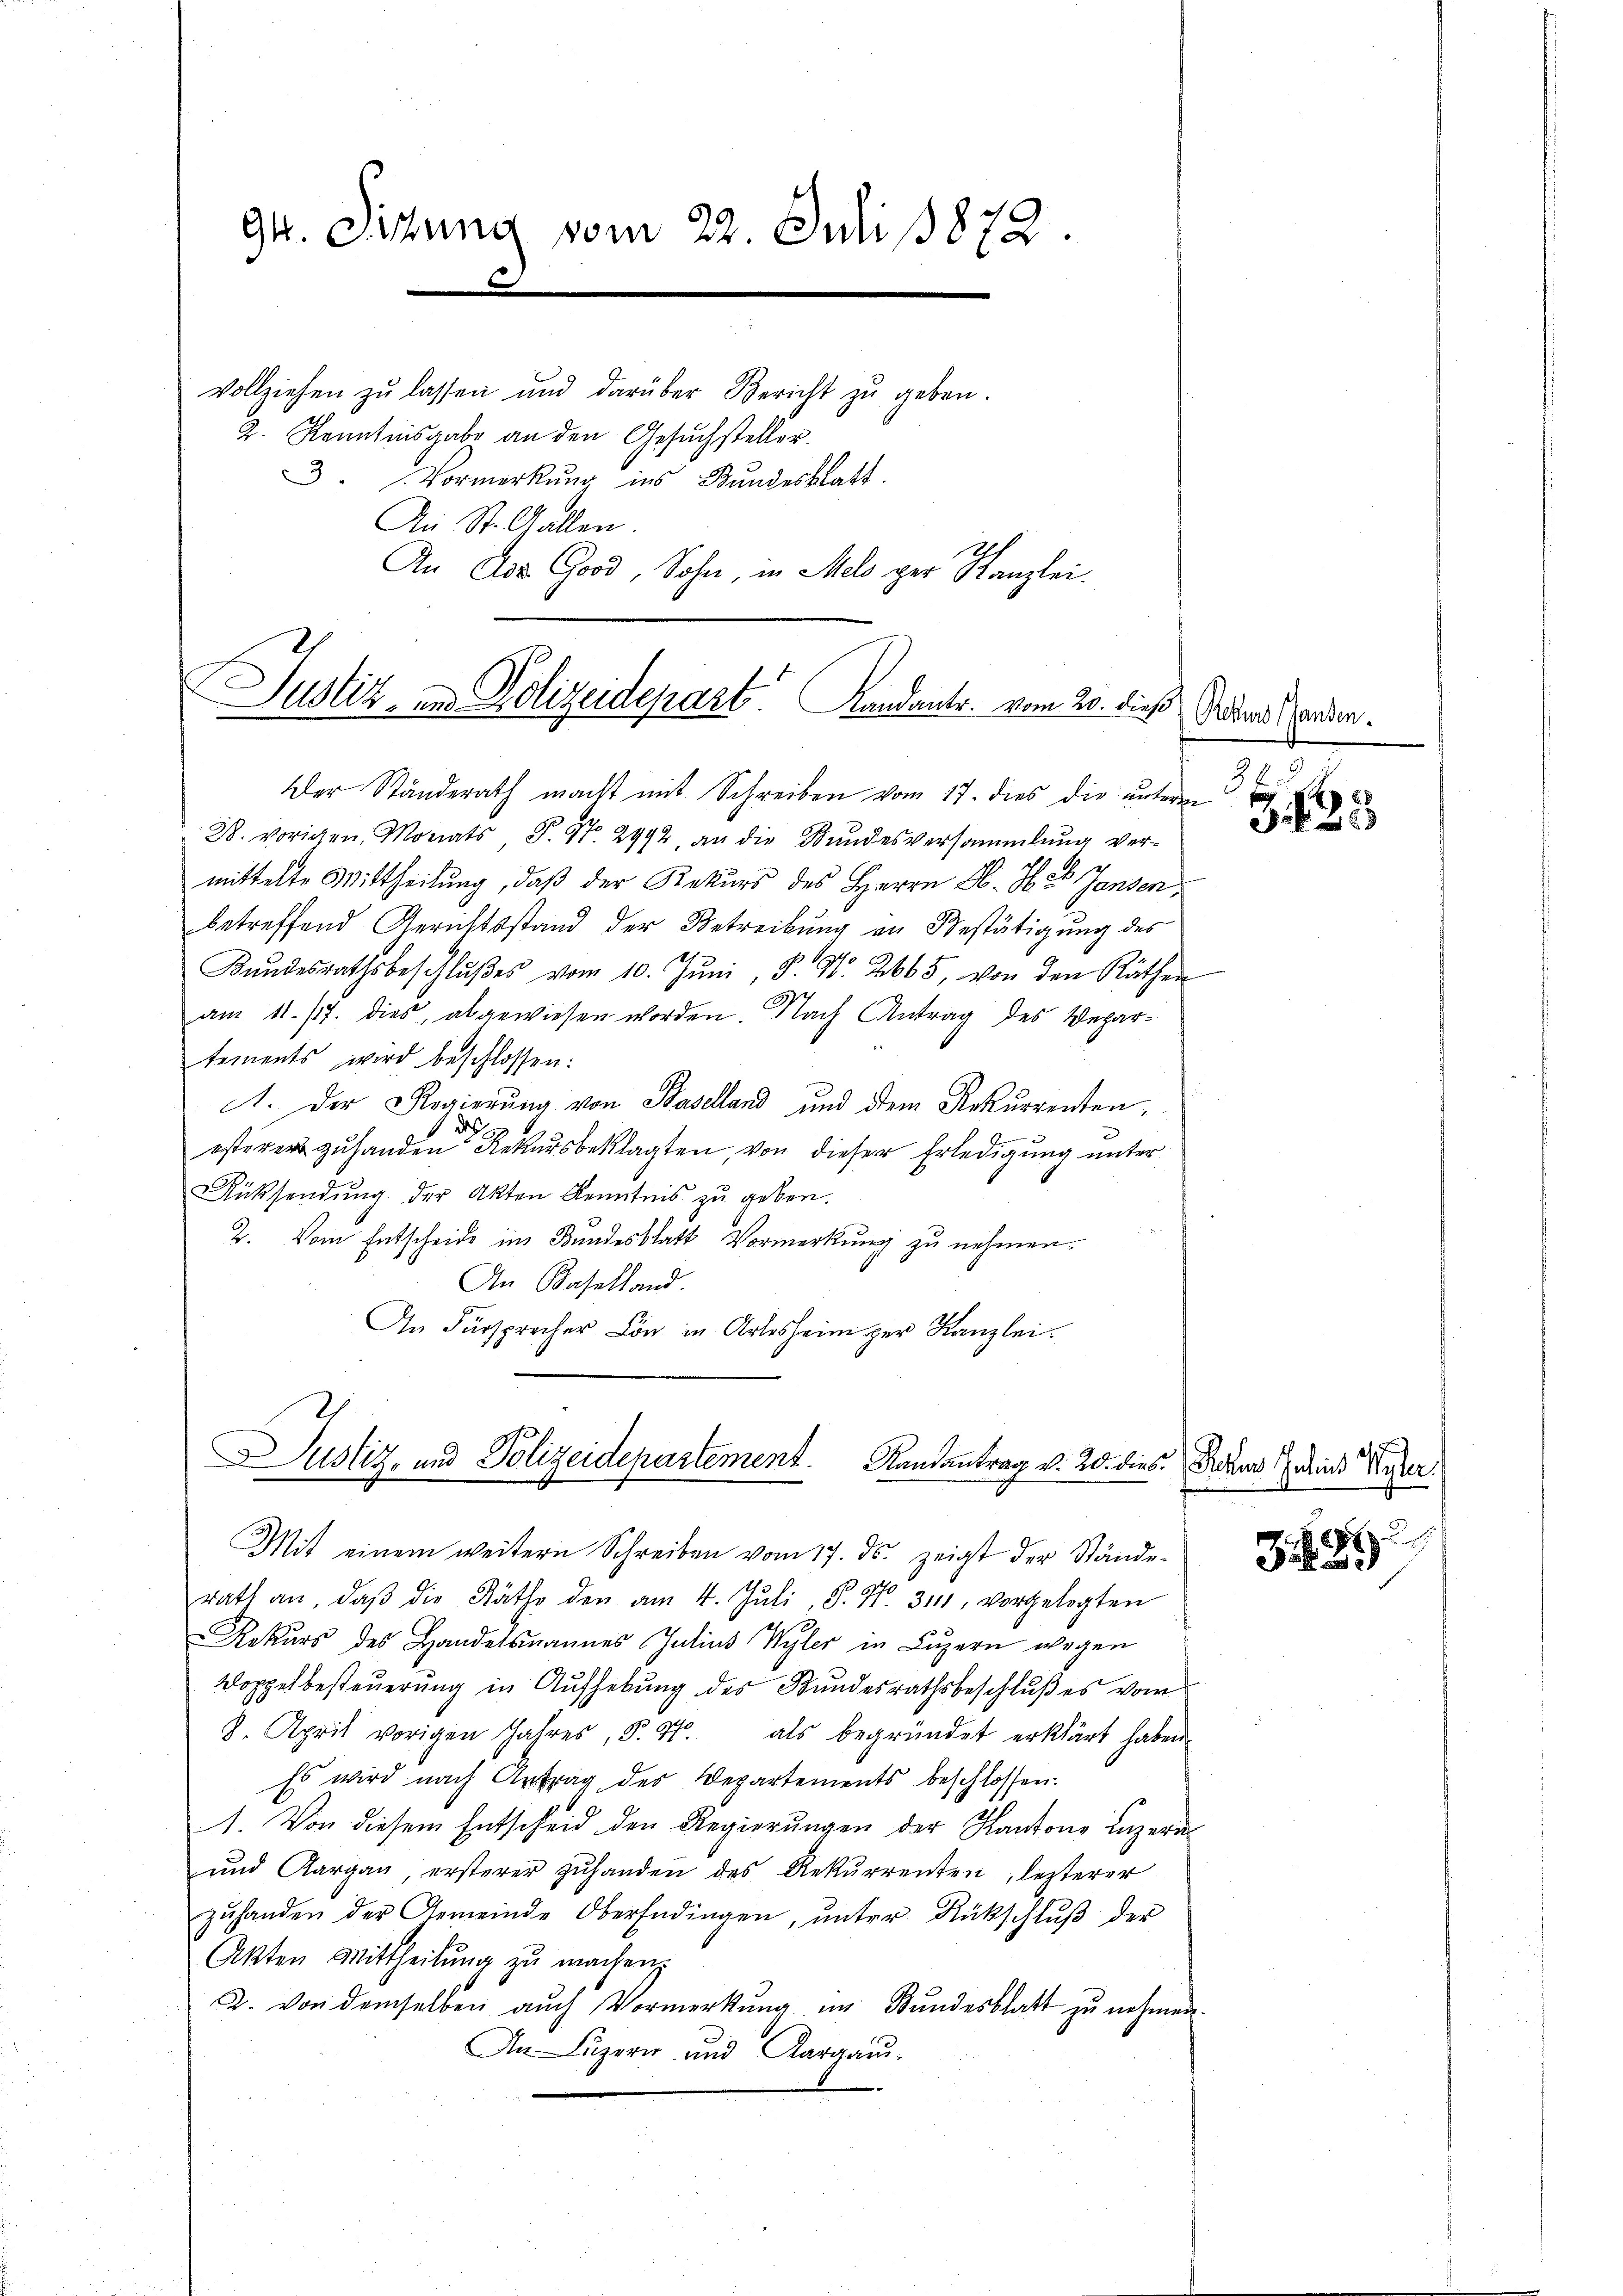
94. Sitzung vom 22. Juli 1872.
c

vollziehen zŭ lassen und darüber Bericht zŭ geben.
2. Kenntnisgabe an den Gesuchsteller.
3 Vormerkŭng ins Bŭndesblatt.
An St. Gallen.
An des Good, Sohn, in Mel per Kanzlei.

Justiz- und Polizeidepart andants. vom 20. dieß

Der Ständerath macht mit Schreiben vom 17. dies die unterm 3
B. vorigen, Monats P. No. 2992 an die Bundesversammlung vermittelte Mittheilung, daß der Rekurs des Herrn H. Jb. 25 Jansen
betreffend Gerichtsstand der Betreibung an Bestätigung des
Kŭndesrathsbeschlŭβes vom 10. Jŭni, S. Nr. 2665, von den Räthen
27
am 11. 17. dies, abgewiesen worden. Nach Antrag des Departements wird beschlossen:
1. Der Regierung von Baselland und dem Rekurrenten,
esterer zuhanden Rekursbeklagten, von dieser Erledigung unter
Rücksendŭng der Akten Kenntnis zu geben.
2. Vom Entscheide in Bundesblatt. Vormerkung zu nehmen.
An Baselland.
An Fürsprecher Lön in Arlesheim zur Kanzlei.

Justiz- und Polizeidepartement. Randantrag v. 20. dies

Mit einem weitern Schreiben vom 17. ds. zeigt der Stände-
rath an, daβ die Räthe den am 4. Juli, P. Nr. 311, vorgelegten
Rekurs des Handelsmannes Julius Wyler in Luzern wegen
Koppelbesteuerung in Aufhebung des Bundesrathsbeschlußes vom
8. April vorigen Jahres, §. 4. als begründet erklärt haben.
Es wird nach Antrag des Departements beschlossen.
1. Von diesem Entscheid den Regierungen der Kantons Luzern
und Aargaŭ, ersterer zŭhanden des Rekŭrrenten, lezterer
zŭhanden der Gemeinde Oberfidingen, ŭnter Rückschlŭβ der
Akten Mittheilung zu machen.
2. von demselben aŭch Vormerkŭng im Bundesblatt zŭ nehmen.
An Luzern und Aargau-

Rekurs anden.

125

Schem Julius Peter

u
389